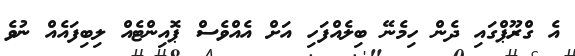
އެ ގްރޫޕްގައި ދެން ހިމެނޭ ބިލެއްފަހި އަށް އެއްވެސް ޕޮއިންޓެއް ލިބިފައެއް ނުވެ